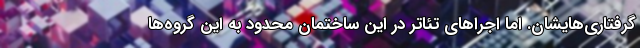
گرفتاری‌هایشان. اما اجراهای تئاتر در این ساختمان محدود به این گروه‌ها